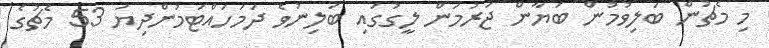
މި މެޗުން ބަލިވުމުން ބަޔާން ޖަރުމަން ލީގުގައި ބަލިނުވެ ދަމަހައްޓަމުންދިޔަ 53 މެޗުގެ